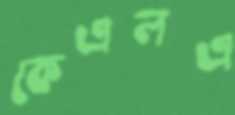
কেএলএ